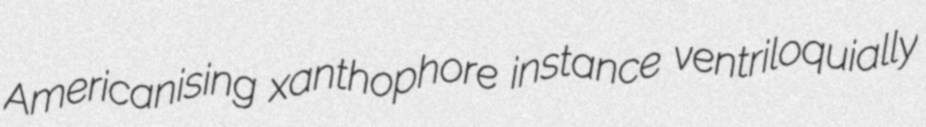
Americanising xanthophore instance ventriloquially